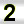
Digit: 2